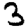
Digit: 3